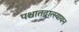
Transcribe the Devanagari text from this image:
पश्चातद्वात्स्यायन